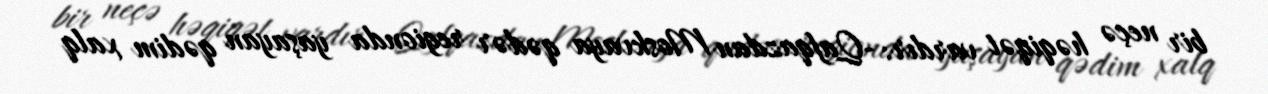
bir neçə həqiqət vardır: -Qafqazdan Moskvaya qədər regionda yaşayan qədim xalq